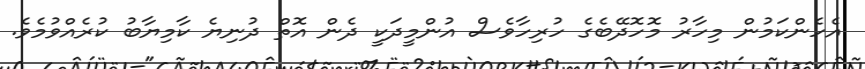
އެހެންކަމުން މިހާރު މޮހޮދޭބެގެ ހުރިހާވެސް އުންމީދަކީ ދެން އޮތް ދުނިޔެ ކާމިޔާބު ކުރެއްވުމެވެ.